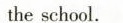
the school.